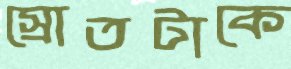
স্রোতটাকে